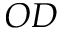
O D